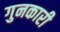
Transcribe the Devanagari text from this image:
गुनकारी